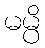
မမ္ပိ